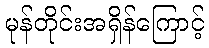
မုန်တိုင်းအရှိန်ကြောင့်